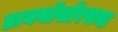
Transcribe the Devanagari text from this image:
डायनॉसॉरसना